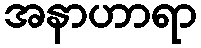
အနာဟာရာ